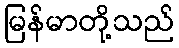
မြန်မာတို့သည်